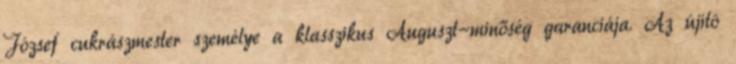
József cukrászmester személye a klasszikus Auguszt-minőség garanciája. Az újító